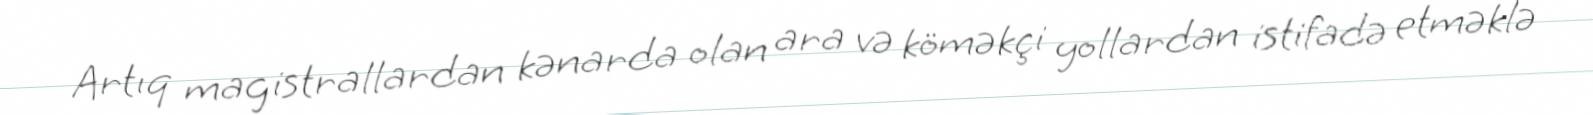
Artıq magistrallardan kənarda olan ara və köməkçi yollardan istifadə etməklə